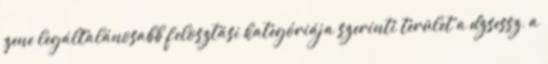
zene legáltalánosabb felosztási kategóriája szerinti terület a dzsessz, a